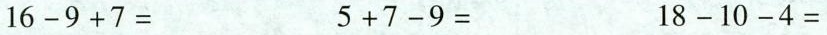
$$1 6 - 9 + 7 =$$ $$5 + 7 - 9 =$$ $$1 8 - 1 0 - 4 =$$